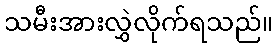
သမီးအားလွှဲလိုက်ရသည်။